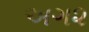
અગ૨